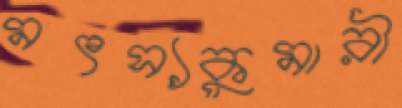
মৎস্যকুমারী